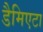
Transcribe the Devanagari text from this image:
डैमिएटा